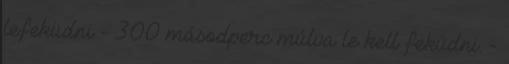
lefeküdni - 300 másodperc múlva le kell feküdni. -